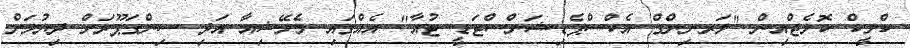
ކްލީކް ކޮލެޖްއިން "ލަރނިންގް އެކްސްޕެޑިޝަންސްޓަޑީ ޓުއާ" އެއްގައި މެލޭޝިއާ އަދި ސިންގަޕޫރަށް ދިޔުމަށް